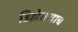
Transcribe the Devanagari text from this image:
डिझेलचाच